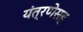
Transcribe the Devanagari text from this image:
यंत्रणेसह